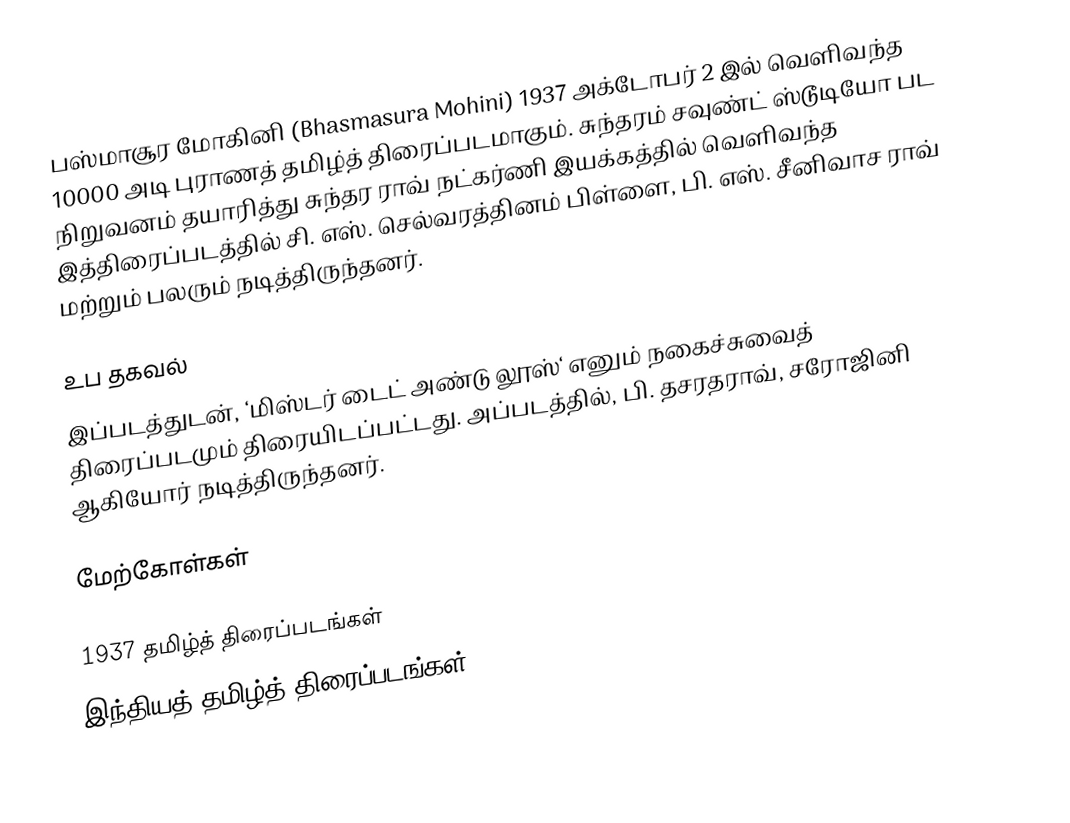
பஸ்மாசூர மோகினி (Bhasmasura Mohini) 1937 அக்டோபர் 2 இல் வெளிவந்த 10000 அடி புராணத் தமிழ்த் திரைப்படமாகும். சுந்தரம் சவுண்ட் ஸ்டூடியோ பட நிறுவனம் தயாரித்து சுந்தர ராவ் நட்கர்ணி இயக்கத்தில் வெளிவந்த இத்திரைப்படத்தில் சி. எஸ். செல்வரத்தினம் பிள்ளை, பி. எஸ். சீனிவாச ராவ் மற்றும் பலரும் நடித்திருந்தனர்.

உப தகவல்
இப்படத்துடன், ‘மிஸ்டர் டைட் அண்டு லூஸ்‘ எனும் நகைச்சுவைத் திரைப்படமும் திரையிடப்பட்டது. அப்படத்தில், பி. தசரதராவ், சரோஜினி ஆகியோர் நடித்திருந்தனர்.

மேற்கோள்கள்

1937 தமிழ்த் திரைப்படங்கள்
இந்தியத் தமிழ்த் திரைப்படங்கள்